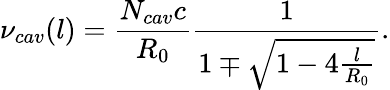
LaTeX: \nu_{cav}(l)=\frac{N_{cav}c}{R_{0}}\frac{1}{1\mp\sqrt{1-4\frac{l}{R_{0}}}}.